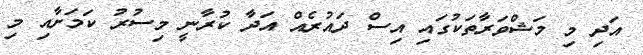
އަދި މި މަޝްވަރާތަކުގައި އިސް ދައުރެއް އަދާ ކުރާނީ މިސުރު ކަމަށާއި މި